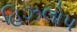
હિઝલોપ